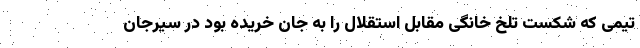
تیمی که شکست تلخ خانگی مقابل استقلال را به جان خریده بود در سیرجان